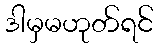
ဒါမှမဟုတ်ရင်